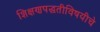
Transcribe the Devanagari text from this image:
शिक्षणपद्धतीविषयीचे